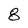
Character: 8